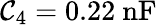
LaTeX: \mathcal{C}_{4}=0.22~\mathrm{{nF}}